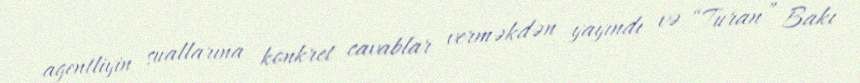
agentliyin suallarına konkret cavablar verməkdən yayındı və “Turan” Bakı